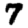
Digit: 7